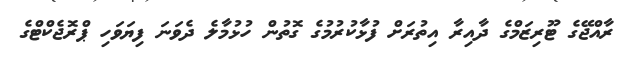
ރާއްޖޭގެ ޓޫރިޒަމްގެ ދާއިރާ އިތުރަށް ފުޅާކުރުމުގެ ގޮތުން ހުޅުމާލެ ދެވަނަ ފިޔަވަހި ޕްރޮޖެކްޓްގެ